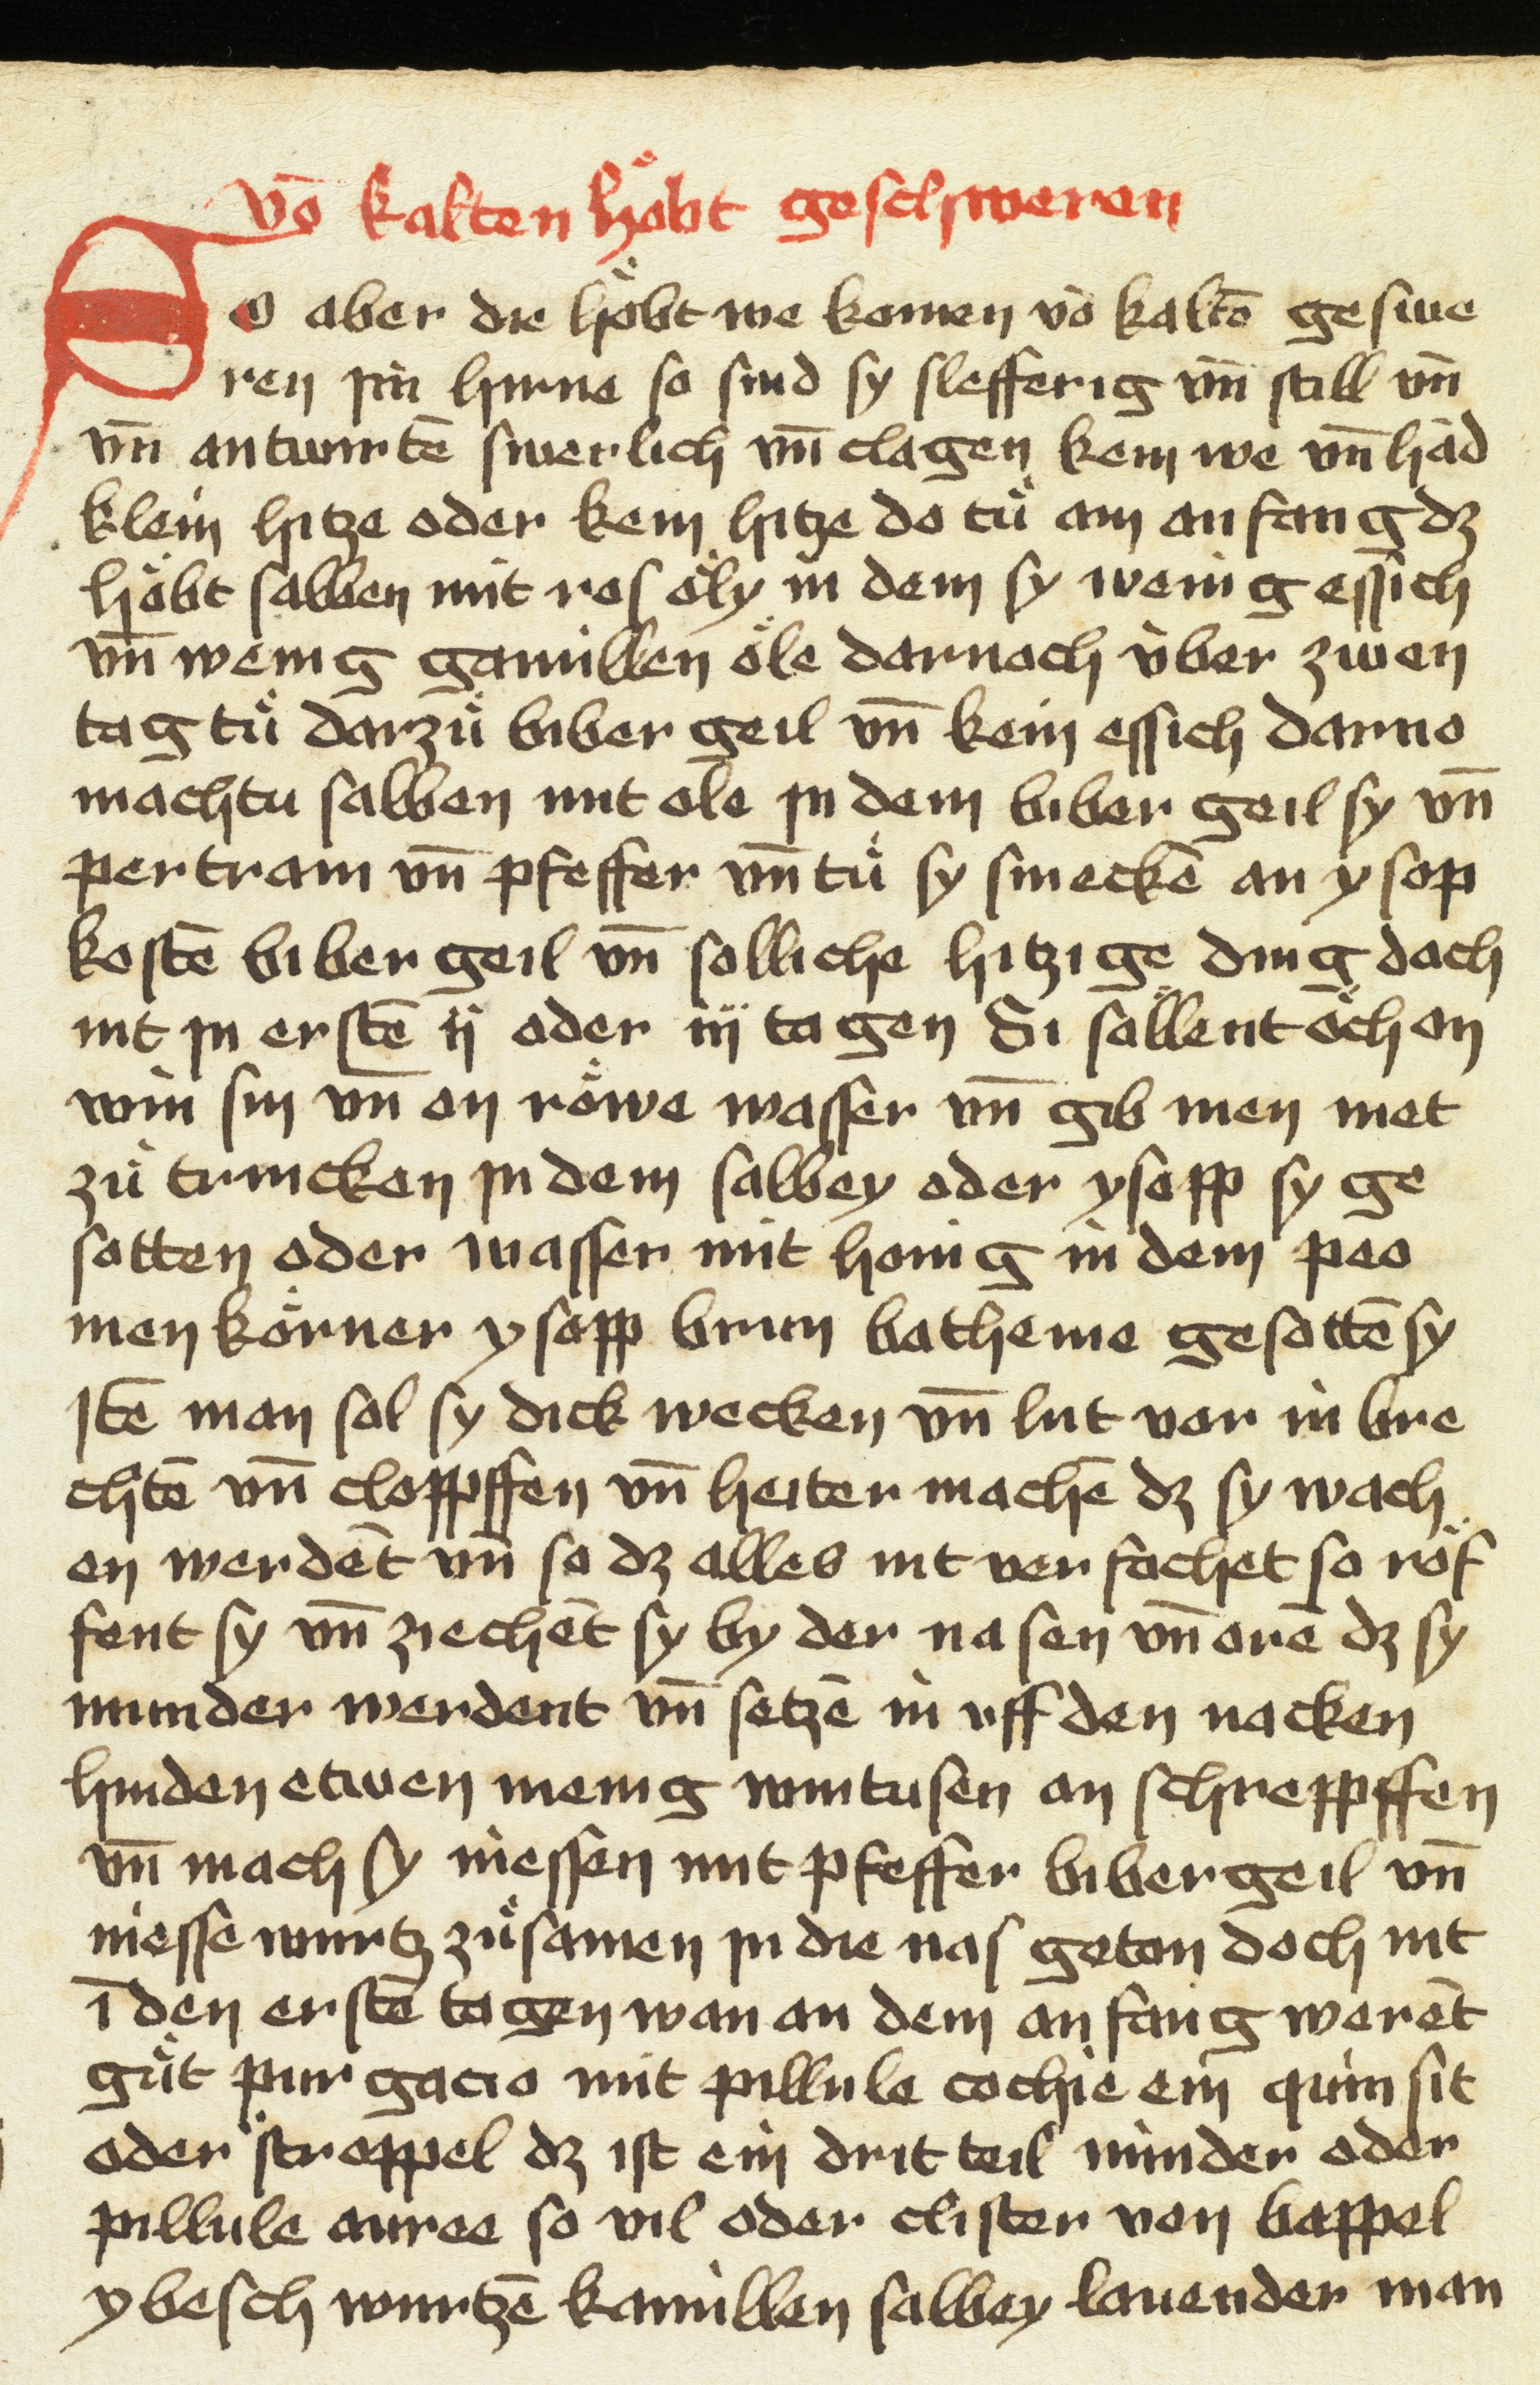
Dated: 1475–1499